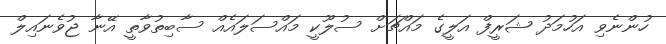
ހުންނެވި އަހުމަދު ޝަރީފް އަލީގެ މައްޗަށް ސުލޫކީ މައްސަލައެއް ސާބިތުވާތީ އޭނާ ޖުވެނައިލް